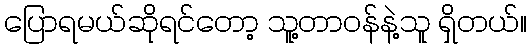
ပြောရမယ်ဆိုရင်တော့ သူ့တာဝန်နဲ့သူ ရှိတယ်။